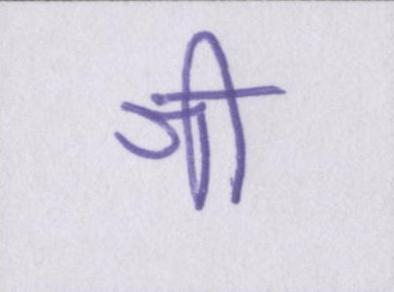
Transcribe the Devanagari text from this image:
श्री